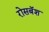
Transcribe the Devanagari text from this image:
रोसबॅश